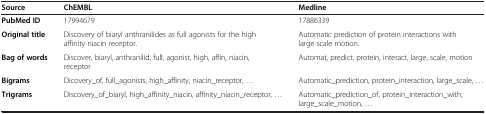
| Source | ChEMBL | Medline |
 | --- | --- | --- |
 | PubMed ID | 17994679 | 17886339 |
 | Original title | Discovery of biaryl anthranilides as full agonists for the high affinity niacin receptor. | Automatic prediction of protein interactions with large scale motion. |
 | Bag of words | Discover, biaryl, anthranilid, full, agonist, high, affin, niacin, receptor | Automat, predict, protein, interact, large, scale, motion |
 | Bigrams | Dicovery_of, full_agonists, high_affinity, niacin_receptor, ... | Automatic_prediction, protein_interaction, large_scale, ... |
 | Trigrams | Discovery_of_biaryl, high_affinity_niacin, affinity_niacin_receptor, ... | Automatic_prediction_of, protein_interaction_with, large_scale_motion, ... |